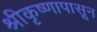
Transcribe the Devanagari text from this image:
श्रीकृष्णापासून